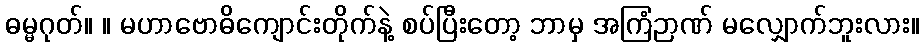
ဓမ္မဂုတ်။ ။ မဟာဗောဓိကျောင်းတိုက်နဲ့ စပ်ပြီးတော့ ဘာမှ အကြံဉာဏ် မလျှောက်ဘူးလား။